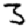
Digit: 3